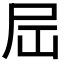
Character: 𪨉